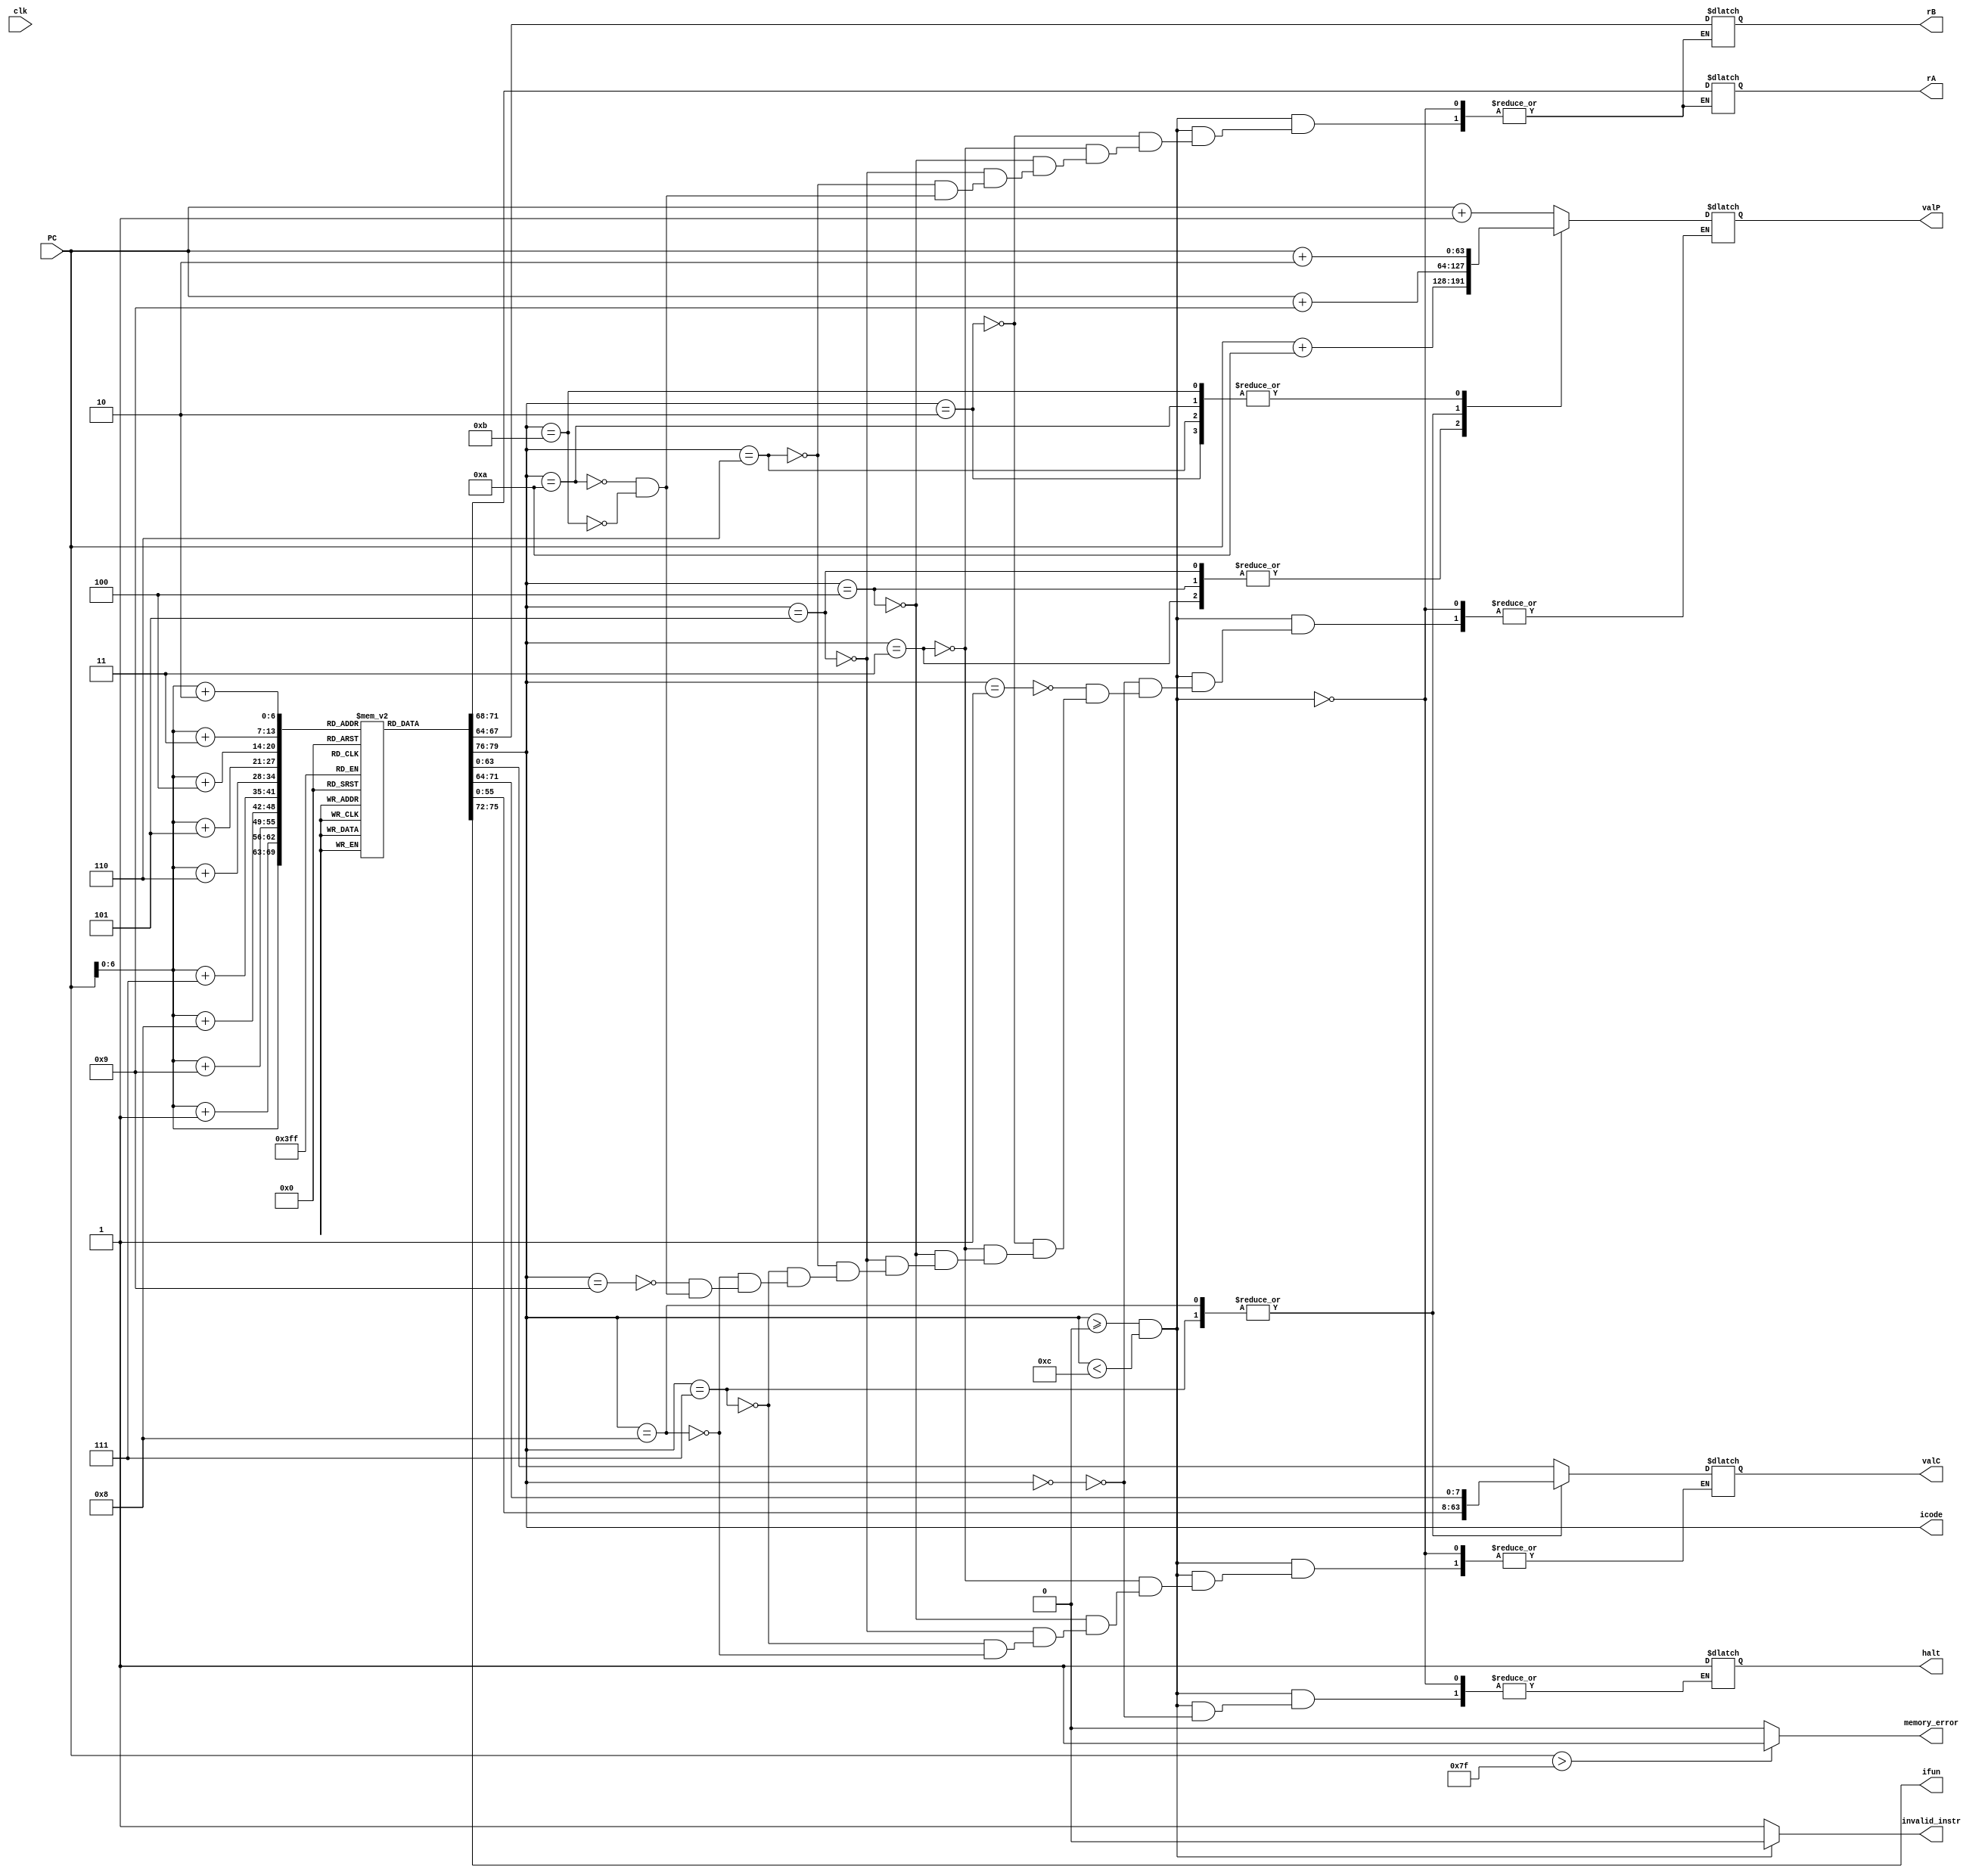
module fetch(clk, PC, icode, ifun, rA, rB, valC, valP,
             memory_error, halt, invalid_instr);

input clk;
input [63:0] PC; //program counter
reg [0:7] reg_AB;

output reg [3:0] icode, ifun, rA, rB;
output reg [63:0] valC, valP;
// output [63:0] updated_PC;
reg [0:7] instruction;


reg [7:0] instruction_memory [0:127];
// [][][][][][][][] 0
// [][][][][][][][] 1
// [][][][][][][][] 2
// [][][][][][][][] 3
// [][][][][][][][] 4
//so on
output reg memory_error, halt,invalid_instr;


initial begin
    halt = 0;
    instruction_memory[0]  = 8'b00010000; // nop instruction PC = PC +1 = 1
    instruction_memory[1]  = 8'b01100000; // Opq add
    instruction_memory[2]  = 8'b00000001; // rA = 0, rB = 1; PC = PC + 2 = 3

    instruction_memory[3]  = 8'b00110000; // irmovq instruction PC = PC + 10 = 13
    instruction_memory[4]  = 8'b11110010; // F, rB = 2;
    instruction_memory[5]  = 8'b11111111; // 1st byte of V = 255, rest all bytes will be zero
    instruction_memory[6]  = 8'b00000000; // 2nd byte
    instruction_memory[7]  = 8'b00000000; // 3rd byte
    instruction_memory[8]  = 8'b00000000; // 4th byte
    instruction_memory[9]  = 8'b00000000; // 5th byte
    instruction_memory[10] = 8'b00000000; // 6th byte
    instruction_memory[11] = 8'b00000000; // 7th byte
    instruction_memory[12] = 8'b00000000; // 8th byte (This completes irmovq)

    instruction_memory[13] = 8'b00110000; // irmovq instruction PC = PC + 10 = 23
    instruction_memory[14] = 8'b11110011; // F, rB = 3;
    instruction_memory[15] = 8'b00000101; // 1st byte of V = 5, rest all bytes will be zero
    instruction_memory[16] = 8'b00000000; // 2nd byte
    instruction_memory[17] = 8'b00000000; // 3rd byte
    instruction_memory[18] = 8'b00000000; // 4th byte
    instruction_memory[19] = 8'b00000000; // 5th byte
    instruction_memory[20] = 8'b00000000; // 6th byte
    instruction_memory[21] = 8'b00000000; // 7th byte
    instruction_memory[22] = 8'b00000000; // 8th byte (This completes irmovq)

    instruction_memory[23] = 8'b00110000; // irmovq instruction PC = PC + 10 = 33
    instruction_memory[24] = 8'b11110100; // F, rB = 4;
    instruction_memory[25] = 8'b00000101; // 1st byte of V = 5, rest all bytes will be zero
    instruction_memory[26] = 8'b00000000; // 2nd byte
    instruction_memory[27] = 8'b00000000; // 3rd byte
    instruction_memory[28] = 8'b00000000; // 4th byte
    instruction_memory[29] = 8'b00000000; // 5th byte
    instruction_memory[30] = 8'b00000000; // 6th byte
    instruction_memory[31] = 8'b00000000; // 7th byte
    instruction_memory[32] = 8'b00000000; // 8th byte (This completes irmovq)

    instruction_memory[33] = 8'b00100000; // rrmovq // PC = PC + 2 = 35
    instruction_memory[34] = 8'b01000101; // rA = 4; rB = 5; 

    instruction_memory[35] = 8'b01100000; // Opq add // PC = PC + 2 = 37
    instruction_memory[36] = 8'b00110100; // rA = 3 and rB = 4, final value in rB(4) = 10;

    instruction_memory[37] = 8'b00100101; // cmovge // PC = PC + 2 = 39
    instruction_memory[38] = 8'b01010110; // rA = 5; rB = 6;

    instruction_memory[39] = 8'b01100001; // Opq subq // PC = PC + 2 = 41
    instruction_memory[40] = 8'b00110101; // rA = 3, rB = 5; both are equal

    instruction_memory[41] = 8'b01110011; //je // PC = PC + 9 = 50
    instruction_memory[42] = 8'b00110100; // Dest = 52; 1st byte
    instruction_memory[43] = 8'b00000000; // 2nd byte
    instruction_memory[44] = 8'b00000000; // 3rd byte
    instruction_memory[45] = 8'b00000000; // 4th byte
    instruction_memory[46] = 8'b00000000; // 5th byte
    instruction_memory[47] = 8'b00000000; // 6th byte
    instruction_memory[48] = 8'b00000000; // 7th byte
    instruction_memory[49] = 8'b00000000; // 8th byte

    instruction_memory[50] = 8'b00010000; // nop 
    instruction_memory[51] = 8'b00010000; // nop

    instruction_memory[52] = 8'b01100000; // Opq add
    instruction_memory[53] = 8'b00110101; // rA = 3; rB = 5;

    instruction_memory[54] = 8'b00000000; // halt
end

always @ (*)
    begin
        memory_error = 0;
        if(PC > 127) //may be changed at my/akshit's discretion
        begin
            memory_error = 1;
        end

        // instruction = {instruction_memory[PC]};
        icode = instruction_memory[PC][7:4];
        ifun =  instruction_memory[PC][3:0];
        // icode = instruction[3:0];
        // ifun = instruction[7:4];

        if(icode>=4'b0000 && icode<4'b1100)
        begin
            invalid_instr = 0;
            case(icode)

            4'b0000: //halt
            begin
                halt = 1;
                valP = PC + 64'd1;
            end

            4'b0001: //nop
            begin
                valP = PC + 64'd1;
            end

            4'b0010: //cmovXX
            begin
                reg_AB = {instruction_memory[PC+1]};
                rA = reg_AB[0:3]; //rA = {instruction_memory[PC+1]}[0:3];
                rB = reg_AB[4:7]; //rB = {instruction_memory[PC+1]}[4:7];
                valP = PC + 64'd2;
            end

            4'b0011: //irmovq
            begin
                reg_AB = {instruction_memory[PC+1]};
                rA = reg_AB[0:3]; //rA = {instruction_memory[PC+1]}[0:3];
                rB = reg_AB[4:7]; //rB = {instruction_memory[PC+1]}[4:7];
                valC = { instruction_memory[PC+9],
                                    instruction_memory[PC+8],
                                    instruction_memory[PC+7],
                                    instruction_memory[PC+6],
                                    instruction_memory[PC+5],
                                    instruction_memory[PC+4],
                                    instruction_memory[PC+3],
                                    instruction_memory[PC+2] };
                valP = PC + 64'd10;
            end
        
            4'b0100: //rmmovq
            begin
                reg_AB = {instruction_memory[PC+1]};
                rA = reg_AB[0:3]; //rA = {instruction_memory[PC+1]}[0:3];
                rB = reg_AB[4:7]; //rB = {instruction_memory[PC+1]}[4:7];
                valC = { instruction_memory[PC+9],
                                    instruction_memory[PC+8],
                                    instruction_memory[PC+7],
                                    instruction_memory[PC+6],
                                    instruction_memory[PC+5],
                                    instruction_memory[PC+4],
                                    instruction_memory[PC+3],
                                    instruction_memory[PC+2] };
                valP = PC + 64'd10;
            end
        
            4'b0101: //mrmovq
            begin
                reg_AB = {instruction_memory[PC+1]};
                rA = reg_AB[0:3]; //rA = {instruction_memory[PC+1]}[0:3];
                rB = reg_AB[4:7]; //rB = {instruction_memory[PC+1]}[4:7];
                valC = { instruction_memory[PC+9],
                                    instruction_memory[PC+8],
                                    instruction_memory[PC+7],
                                    instruction_memory[PC+6],
                                    instruction_memory[PC+5],
                                    instruction_memory[PC+4],
                                    instruction_memory[PC+3],
                                    instruction_memory[PC+2] };
                valP = PC + 64'd10;
            end

            4'b0110: //OPq
            begin
                reg_AB = {instruction_memory[PC+1]};
                rA = reg_AB[0:3]; //rA = {instruction_memory[PC+1]}[0:3];
                rB = reg_AB[4:7]; //rB = {instruction_memory[PC+1]}[4:7];
                valP = PC + 64'd2;
            end

            4'b0111: //jXX
            begin
                valC = { instruction_memory[PC+8],
                        instruction_memory[PC+7],
                        instruction_memory[PC+6],
                        instruction_memory[PC+5],
                        instruction_memory[PC+4],
                        instruction_memory[PC+3],
                        instruction_memory[PC+2],
                        instruction_memory[PC+1] };
                valP = PC + 64'd9;
            end

            4'b1000: //call
            begin
                valC = { instruction_memory[PC+8],
                        instruction_memory[PC+7],
                        instruction_memory[PC+6],
                        instruction_memory[PC+5],
                        instruction_memory[PC+4],
                        instruction_memory[PC+3],
                        instruction_memory[PC+2],
                        instruction_memory[PC+1] };
                valP = PC + 64'd9;
            end

            4'b1001: //ret
            begin
                valP = PC + 64'd1;
            end

            4'b1010: //pushq
            begin
                reg_AB = {instruction_memory[PC+1]};
                rA = reg_AB[0:3]; //rA = {instruction_memory[PC+1]}[0:3];
                rB = reg_AB[4:7]; //rB = {instruction_memory[PC+1]}[4:7];
                valP = PC + 64'd2;
            end

            4'b1011: //popq
            begin
                reg_AB = {instruction_memory[PC+1]};
                rA = reg_AB[0:3]; //rA = {instruction_memory[PC+1]}[0:3];
                rB = reg_AB[4:7]; //rB = {instruction_memory[PC+1]}[4:7];
                 valP = PC + 64'd2;
            end
            endcase
            // PC = valP;
        end
        else
        begin
            invalid_instr = 1;
        end

    end
    assign updated_PC = valP;
endmodule